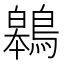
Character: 鷎